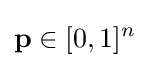
\mathbf {p} \in [0,1]^{n}